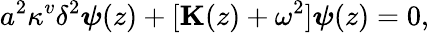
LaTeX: a^{2}\kappa^{v}\delta^{2}\boldsymbol{\psi}(z)+[\textbf{K}(z)+\omega^{2}]\boldsymbol{\psi}(z)=0,